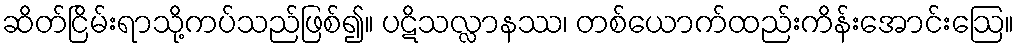
ဆိတ်ငြိမ်းရာသို့ကပ်သည်ဖြစ်၍။ ပဋိသလ္လာနဿ၊ တစ်ယောက်ထည်းကိန်းအောင်းဩေ။